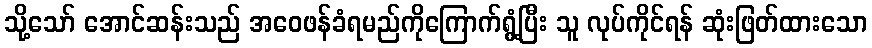
သို့သော် အောင်ဆန်းသည် အဝေဖန်ခံရမည်ကိုကြောက်ရွံ့ပြီး သူ လုပ်ကိုင်ရန် ဆုံးဖြတ်ထားသော